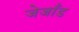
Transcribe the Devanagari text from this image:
जेजाँड